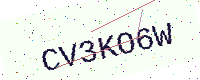
Text: CV3KO6W